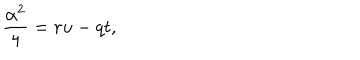
\frac { \alpha ^ { 2 } } { 4 } = r u - q t ,